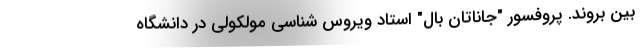
بین بروند. پروفسور "جاناتان بال" استاد ویروس شناسی مولکولی در دانشگاه